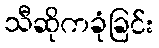
သီဆိုကခုံခြင်း